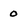
Character: 0